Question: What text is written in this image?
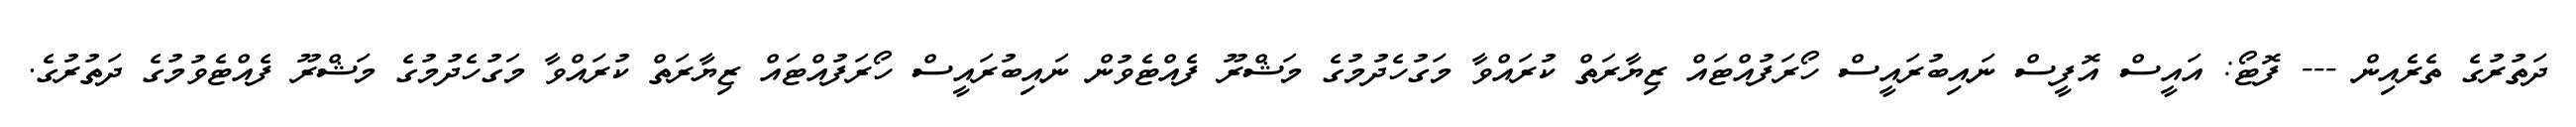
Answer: ދަތުރުގެ ތެރެއިން --- ފޮޓޯ: އައީސް އޮފީސް ނައިބުރައީސް ހޯރަފުއްޓައް ޒިޔާރަތް ކުރައްވާ މަގުހެދުމުގެ މަޝްރޫ ފެއްޓެވުން ނައިބުރައީސް ހޯރަފުއްޓައް ޒިޔާރަތް ކުރައްވާ މަގުހެދުމުގެ މަޝްރޫ ފެއްޓެވުމުގެ ދަތުރުގެ.